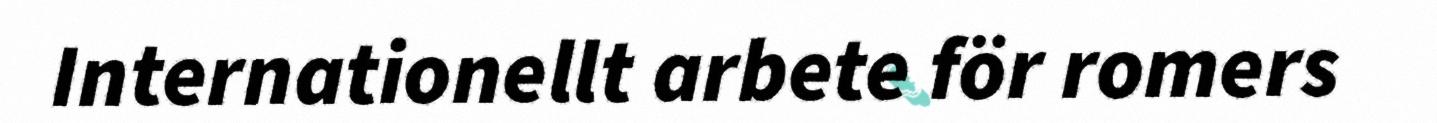
Internationellt arbete för romers